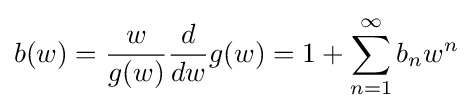
b(w)={\frac {w}{g(w)}}{\frac {d}{dw}}g(w)=1+\sum _{n=1}^{\infty }b_{n}w^{n}